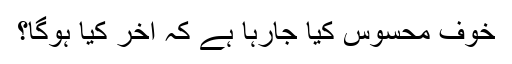
خوف محسوس کیا جارہا ہے کہ آخر کیا ہوگا؟